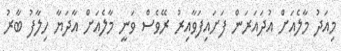
މިއަދު މާލެއަށް އުދައަރަން ފަށައިފަވާއިރު ރޭވެސް ވަނީ މާލެއަށް އާދަޔާ ހިލާފު ބާރު